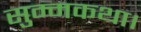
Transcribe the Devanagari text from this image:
सुम्मकथा।